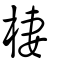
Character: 棲